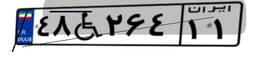
۲۷W۴۲۱۱۵